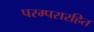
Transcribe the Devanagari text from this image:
परम्परारहित